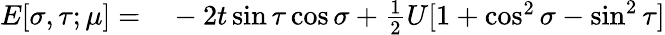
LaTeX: \begin{array}{rl}{E[\sigma,\tau;\mu]=}&{{}-2t\sin\tau\cos\sigma+\frac{1}{2}U[1+\cos^{2}\sigma-\sin^{2}\tau]}\end{array}